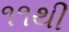
૧૧થી